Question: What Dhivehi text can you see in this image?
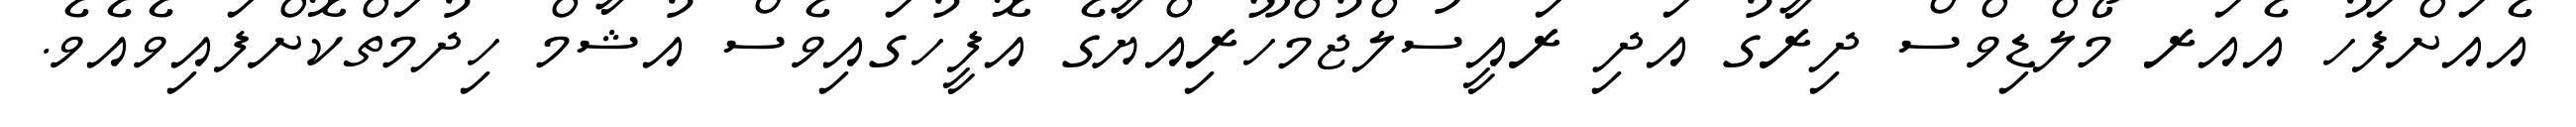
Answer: އެއަށްފަހު އެއަރ މޯލްޑިވްސް ދިރާގު އަދި ރައީސުލްޖުމްހޫރިއްޔާގެ އޮފީހުގައިވެސް އުޝާމް ހިދުމަތްކޮށްފައިވެއެވެ.